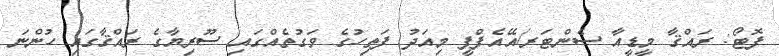
ފޮޓޯ: ރައްޤާ މީޑީއާ ސެންޓަރ/އޭއެފްޕީ މިއަދު ފަތިހުގެ ވަގުތެއްގައި ސޫރިޔާގެ ރައްޤާގައި ހުންނަ